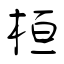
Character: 桓